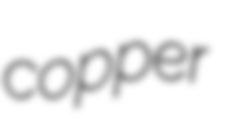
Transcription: copper